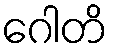
ဂေါတိ